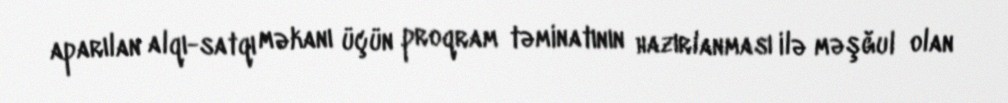
aparılan alqı-satqı məkanı üçün proqram təminatının hazırlanması ilə məşğul olan